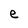
Character: e